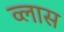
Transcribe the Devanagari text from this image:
व्लास